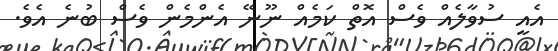
އެއީ ސުވާލެއް ވެސް އޮތް ކަމެއް ނޫނޭ އެންމެން ވެސް ބުނެ އެވެ.